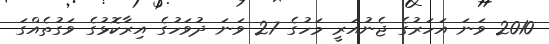
2010 ވަނަ އަހަރުގެ ޖެނުއަރީ މަހުގެ 27 ވަނަ ދުވަހުގެ އިރާކޮޅުގެ ވަގުތެއްގަ